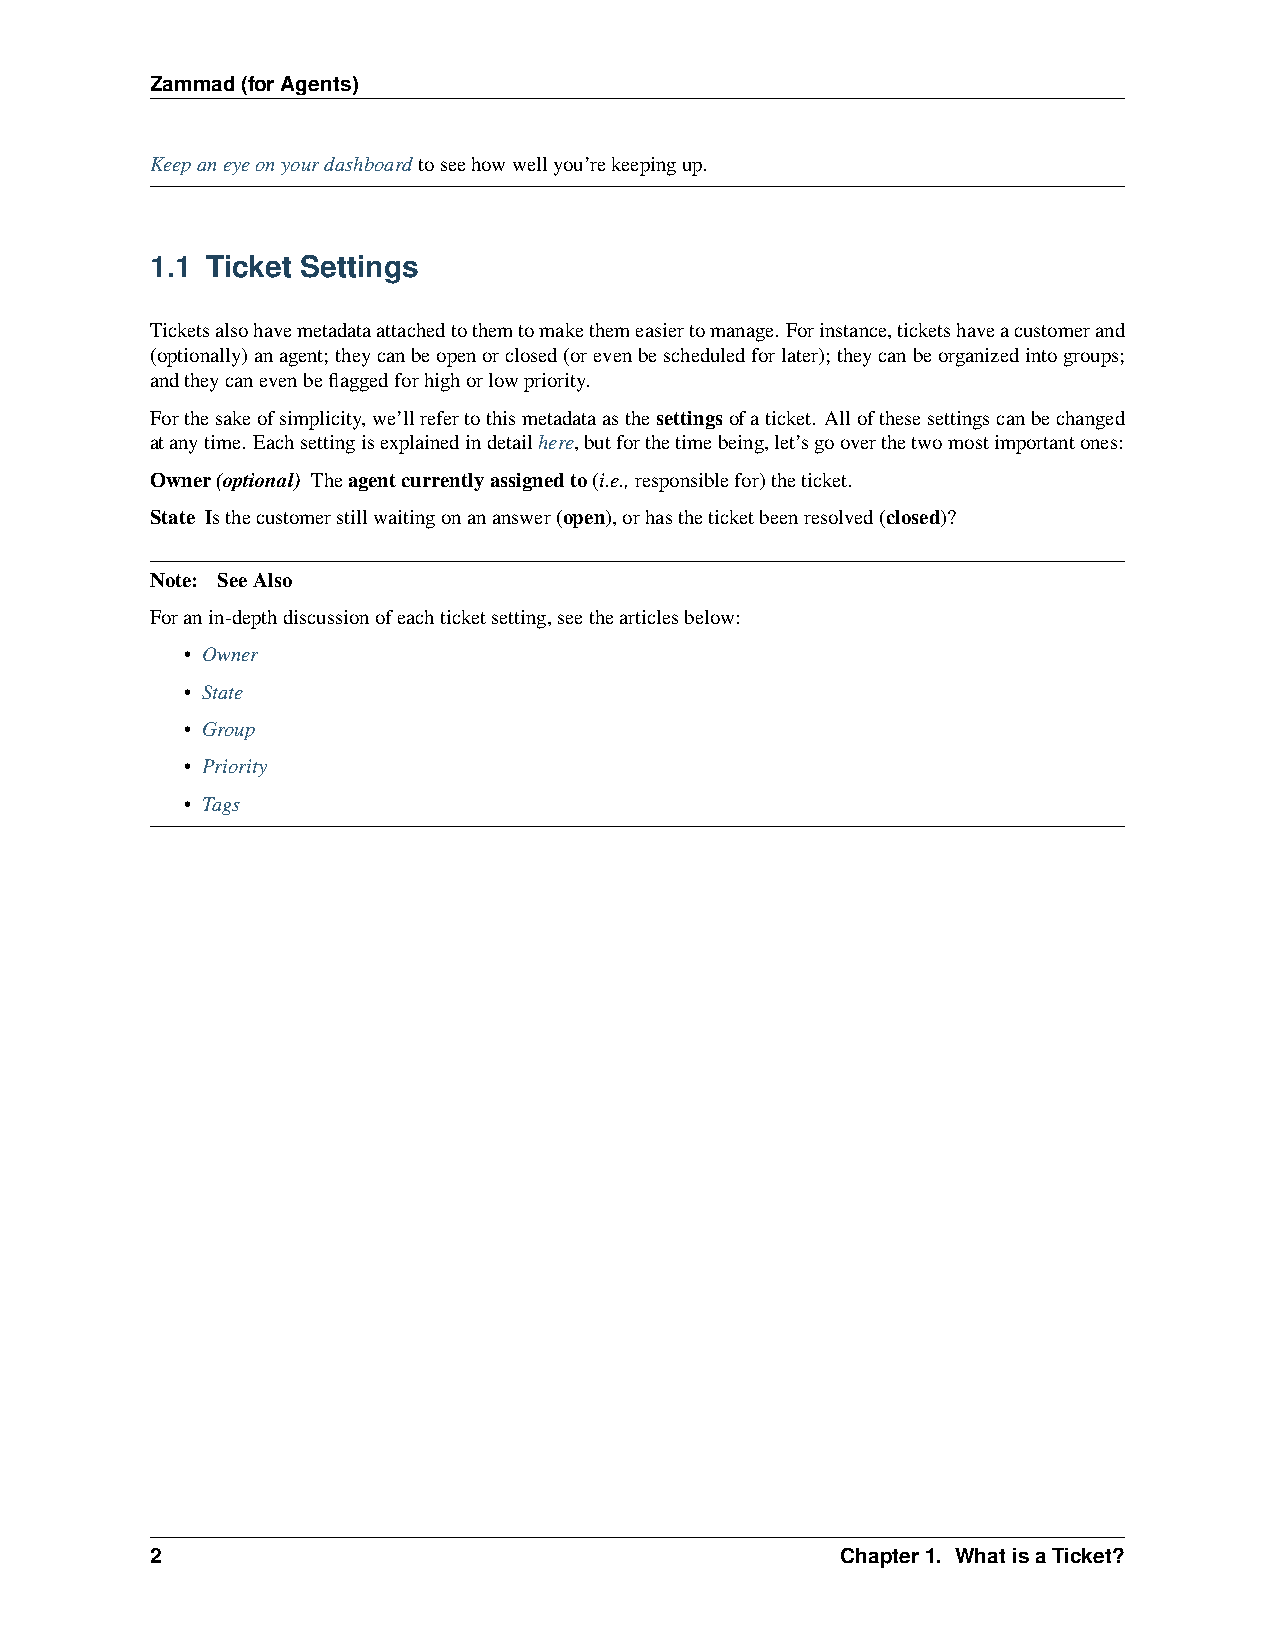
Zammad(forAgents)
 Keepaneyeonyourdashboardtoseehowwellyou’rekeepingup.
 1.1 Ticket Settings
 Ticketsalsohavemetadataattachedtothemtomakethemeasiertomanage. Forinstance,ticketshaveacustomerand
 (optionally)anagent;theycanbeopenorclosed(orevenbescheduledforlater);theycanbeorganizedintogroups;
 andtheycanevenbeflaggedforhighorlowpriority.
 Forthesakeofsimplicity,we’llrefertothismetadataasthesettingsofaticket. Allofthesesettingscanbechanged
 atanytime. Eachsettingisexplainedindetailhere,butforthetimebeing,let’sgooverthetwomostimportantones:
 Owner(optional) Theagentcurrentlyassignedto(i.e.,responsiblefor)theticket.
 State Isthecustomerstillwaitingonananswer(open),orhastheticketbeenresolved(closed)?
 Note: SeeAlso
 Foranin-depthdiscussionofeachticketsetting,seethearticlesbelow:
 • Owner
 • State
 • Group
 • Priority
 • Tags
 2                                             Chapter1. WhatisaTicket?